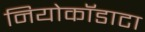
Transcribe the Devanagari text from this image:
नियोकॉडाटा